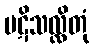
ပဋိသလ္လိတုံ